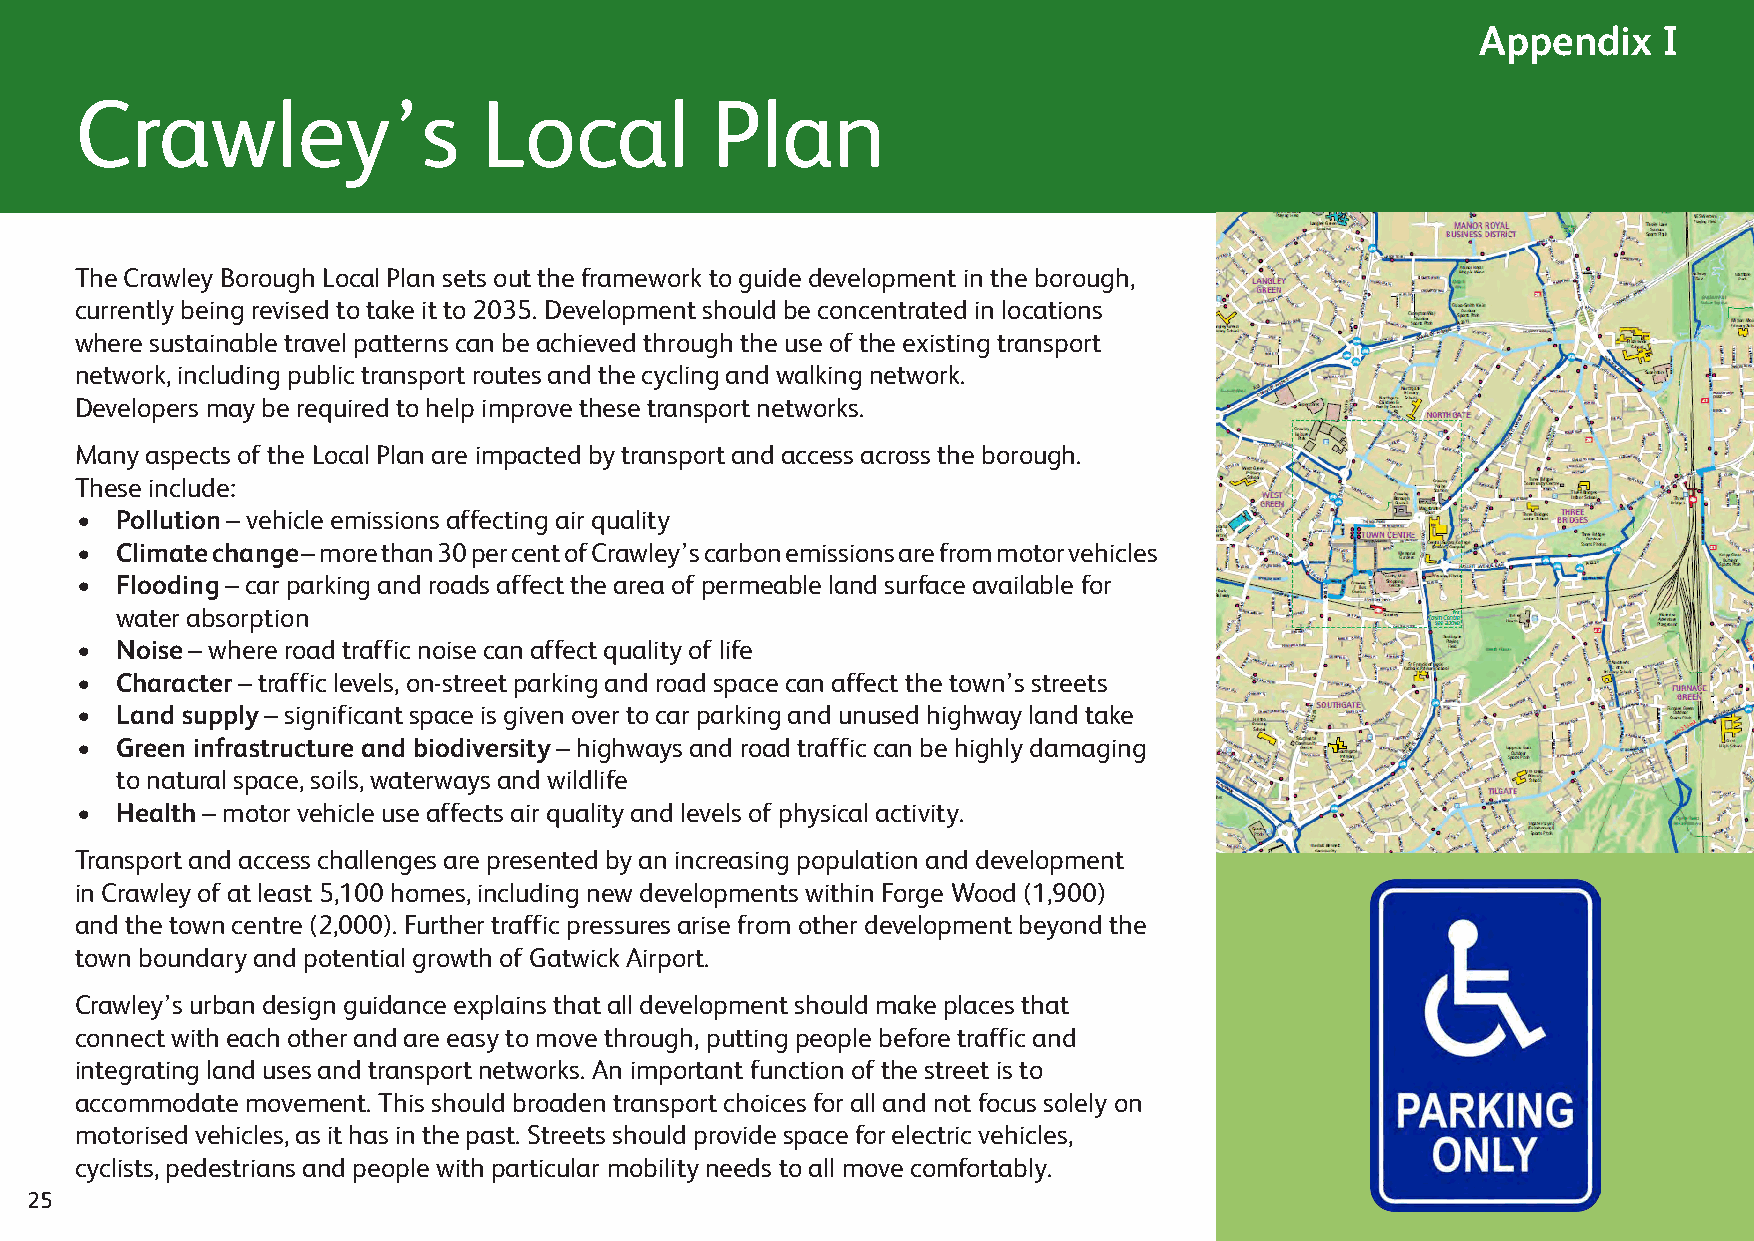
Appendix    I
 Crawley’s                  Local          Plan
 The Crawley Borough Local Plan sets out the framework to guide development in the borough,
 currently being revised to take it to 2035. Development should be concentrated in locations
 where sustainable travel patterns can be achieved through the use of the existing transport
 network, including public transport routes and the cycling and walking network.
 Developers may be required to help improve these transport networks.
 Many aspects of the Local Plan are impacted by transport and access across the borough.
 These include:
 •  Pollution – vehicle emissions affecting air quality
 •  Climate change – more than 30 per cent of Crawley’s carbon emissions are from motor vehicles
 •  Flooding – car parking and roads affect the area of permeable land surface available for
 water absorption
 •  Noise – where road traffic noise can affect quality of life
 •  Character – traffic levels, on-street parking and road space can affect the town’s streets
 •  Land supply – significant space is given over to car parking and unused highway land take
 •  Green infrastructure and biodiversity – highways and road traffic can be highly damaging
 to natural space, soils, waterways and wildlife
 •  Health – motor vehicle use affects air quality and levels of physical activity.
 Transport and access challenges are presented by an increasing population and development
 in Crawley of at least 5,100 homes, including new developments within Forge Wood (1,900)
 and the town centre (2,000). Further traffic pressures arise from other development beyond the
 town boundary and potential growth of Gatwick Airport.
 Crawley’s urban design guidance explains that all development should make places that
 connect with each other and are easy to move through, putting people before traffic and
 integrating land uses and transport networks. An important function of the street is to
 accommodate movement. This should broaden transport choices for all and not focus solely on
 motorised vehicles, as it has in the past. Streets should provide space for electric vehicles,
 cyclists, pedestrians and people with particular mobility needs to all move comfortably.
 25